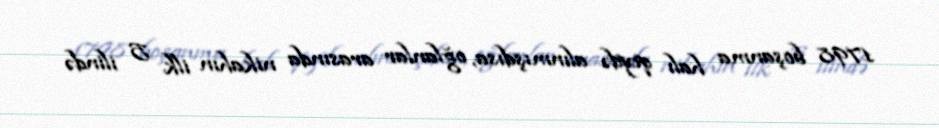
1798 boşanma halı qeydə alınmışdısa, oğlanlar arasında nikahın ilk 5 ilində